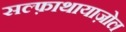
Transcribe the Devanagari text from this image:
सल्फ़ाथायाज़ोल